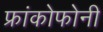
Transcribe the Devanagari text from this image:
फ्रांकोफोनी